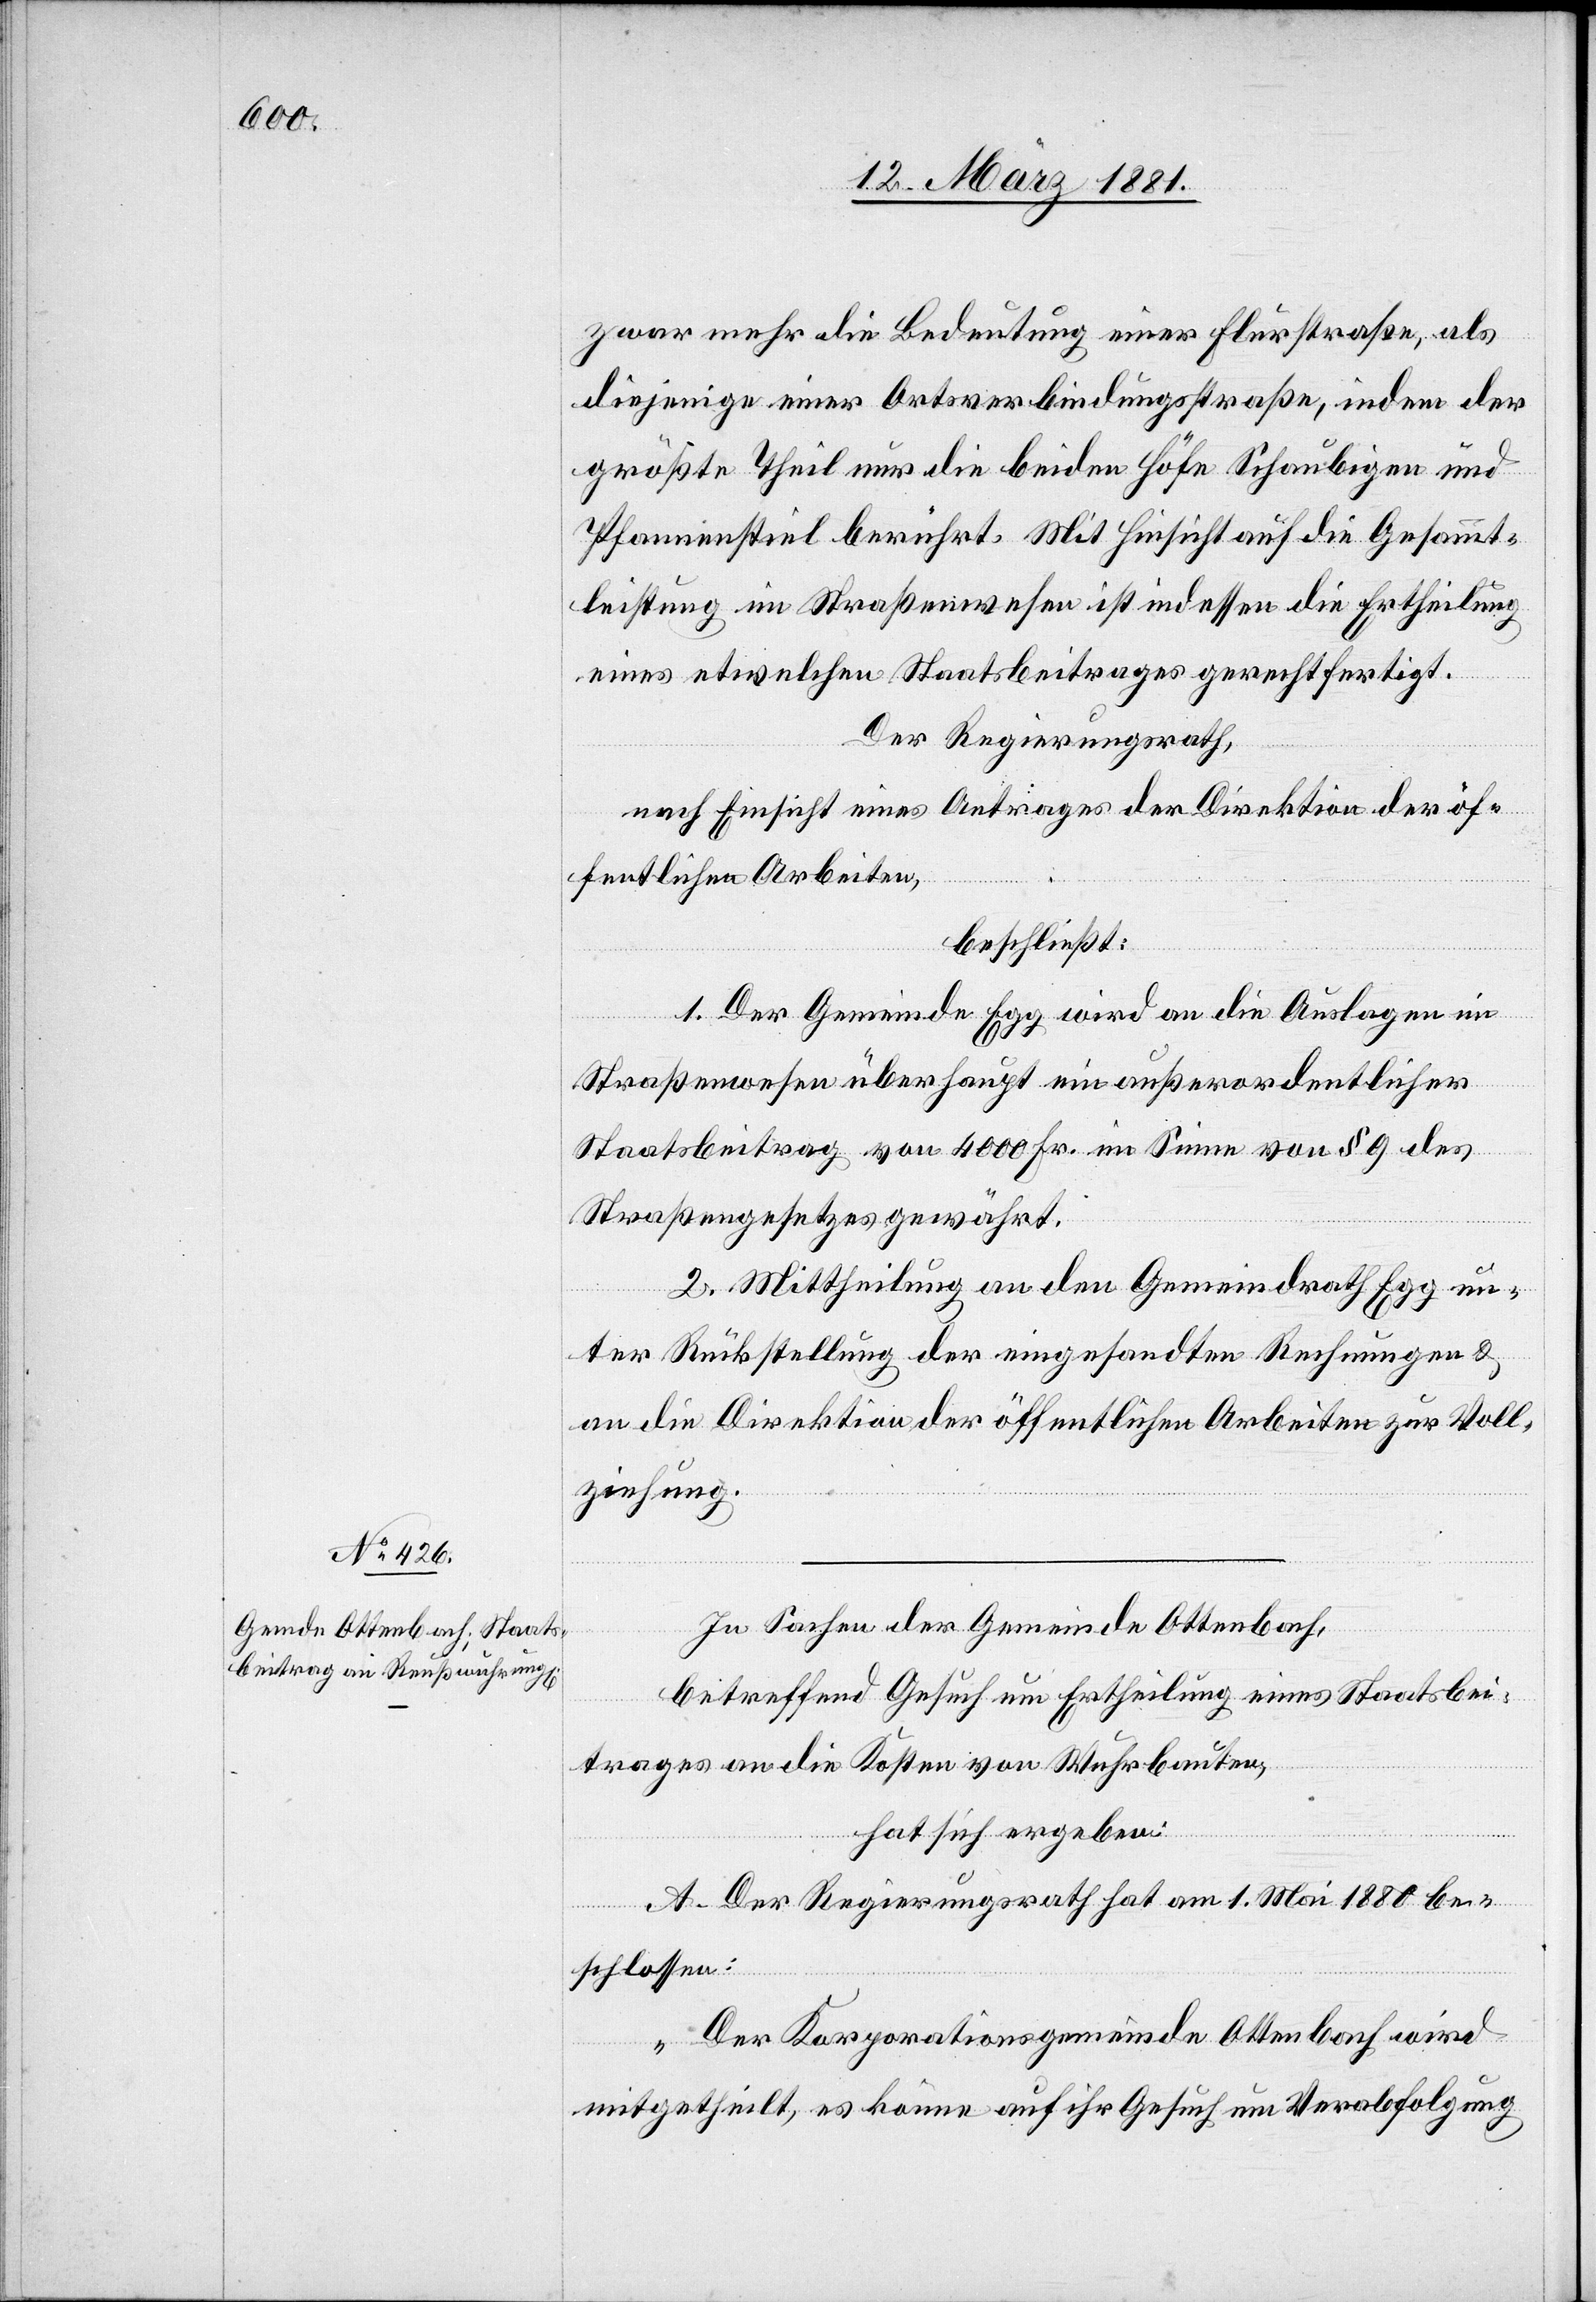
zwar mehr die Bedeutung einer Flurstraße, als
diejenige einer Ortsverbindungsstraße, indem der
größte Theil nur die beiden Höfe Schaubigen und
Pfannenstiel berührt. Mit Hinsicht auf die Gesammt¬
leistung im Straßenwesen ist indessen die Ertheilung
eines etwelchen Staatsbeitrages gerechtfertigt.
Der Regierungsrath,
nach Einsicht eines Antrages der Direktion der öf¬
fentlichen Arbeiten,
beschließt:
1. Der Gemeinde Egg wird an die Anlagen im
Straßenwesen überhaupt ein außerordentlicher
Staatsbeitrag von 400 Fr. im Sinne von § 9 des
Straßengesetzes gewährt.
2. Mittheilung an den Gemeindrath Egg un¬
ter Rückstellung der eingesandten Rechnungen &
an die Direktion der öffentlichen Arbeiten zur Voll¬
ziehung.
In Sachen der Gemeinde Ottenbach,
betreffend Gesuch um Ertheilung eines Staatsbei¬
trages an die Kosten von Wuhrbauten,
hat sich ergeben:
A. Der Regierungsrath hat am 1. Mai 1880 be¬
schlossen:
„Der Korporationsgemeinde Ottenbach wird
mitgetheilt, es könne auf ihr Gesuch um Verabfolgung